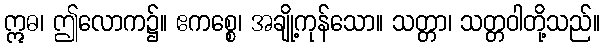
ဣဓ၊ ဤလောက၌။ ဧကစ္စေ၊ အချို့ကုန်သော။ သတ္တာ၊ သတ္တဝါတို့သည်။